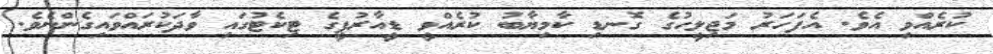
ކުރެއްވި އެވެ. އެފަހަރު މަޖިލީހުގެ ގޮނޑި ކާމިޔާބު ކުރެއްވީ ޑީއާރުޕީގެ ޓިކެޓުގައި ވާދަކުރައްވައިގެންނެވެ.